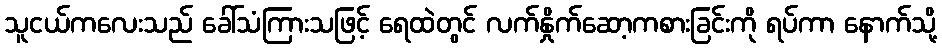
သူငယ်ကလေးသည် ခေါ်သံကြားသဖြင့် ရေထဲတွင် လက်နှိုက်ဆော့ကစားခြင်းကို ရပ်ကာ နောက်သို့